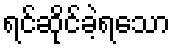
ရင်ဆိုင်ခဲ့ရသော